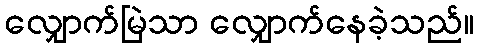
လျှောက်မြဲသာ လျှောက်နေခဲ့သည်။